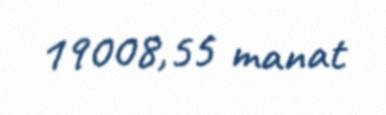
19008,55 manat